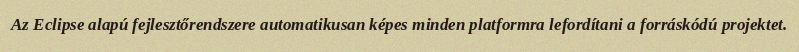
Az Eclipse alapú fejlesztőrendszere automatikusan képes minden platformra lefordítani a forráskódú projektet.